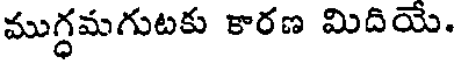
ముగ్ధమగుటకు కారణ మిదియే.